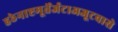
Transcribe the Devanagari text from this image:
हठेनाष्टमूर्तेर्जटाअजूटवासे